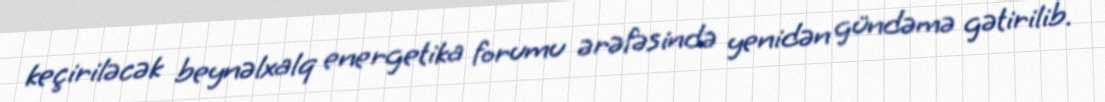
keçiriləcək beynəlxalq energetika forumu ərəfəsində yenidən gündəmə gətirilib.